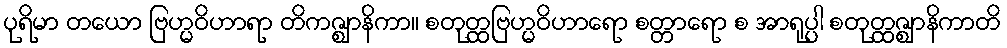
ပုရိမာ တယော ဗြဟ္မဝိဟာရာ တိကဇ္ဈာနိကာ။ စတုတ္ထဗြဟ္မဝိဟာရော စတ္တာရော စ အာရုပ္ပါ စတုတ္ထဇ္ဈာနိကာတိ